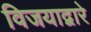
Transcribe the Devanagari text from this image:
विजयाद्वारे